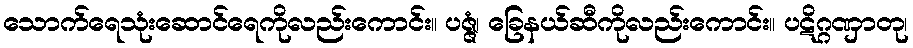
သောက်ရေသုံးဆောင်ရေကိုလည်းကောင်း။ ပဇ္ဇံ၊ ခြေနယ်ဆီကိုလည်းကောင်း။ ပဋိဂ္ဂဏှာတု၊